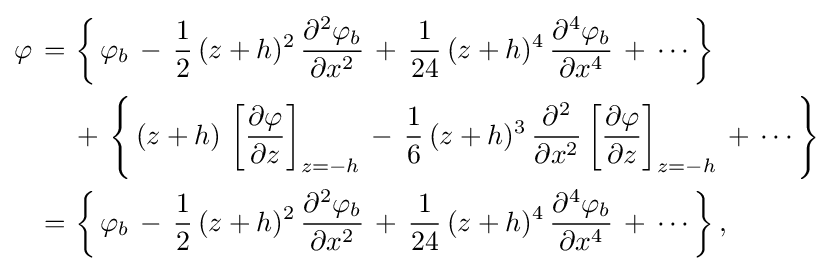
{\begin{aligned}\varphi \,=\,&\left\{\,\varphi _{b}\,-\,{\frac {1}{2}}\,(z+h)^{2}\,{\frac {\partial ^{2}\varphi _{b}}{\partial x^{2}}}\,+\,{\frac {1}{24}}\,(z+h)^{4}\,{\frac {\partial ^{4}\varphi _{b}}{\partial x^{4}}}\,+\,\cdots \,\right\}\,\\&+\,\left\{\,(z+h)\,\left[{\frac {\partial \varphi }{\partial z}}\right]_{z=-h}\,-\,{\frac {1}{6}}\,(z+h)^{3}\,{\frac {\partial ^{2}}{\partial x^{2}}}\left[{\frac {\partial \varphi }{\partial z}}\right]_{z=-h}\,+\,\cdots \,\right\}\\=\,&\left\{\,\varphi _{b}\,-\,{\frac {1}{2}}\,(z+h)^{2}\,{\frac {\partial ^{2}\varphi _{b}}{\partial x^{2}}}\,+\,{\frac {1}{24}}\,(z+h)^{4}\,{\frac {\partial ^{4}\varphi _{b}}{\partial x^{4}}}\,+\,\cdots \,\right\},\end{aligned}}